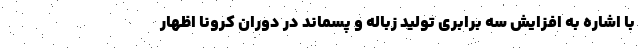
با اشاره به افزایش سه برابری تولید زباله و پسماند در دوران کرونا اظهار